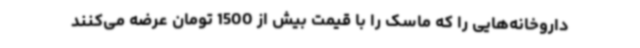
داروخانه‌هایی را که ماسک را با قیمت بیش از 1500 تومان عرضه می‌کنند